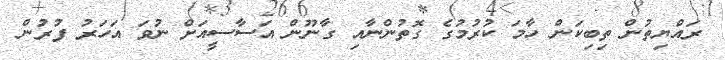
ރައްޔިތުން ތިބިކަން ހާމަ ކުރުމުގެ ގޮތުންނާއި ގާނޫން އަސާސީއަށް ނުވަ އަހަރު ފުރުން